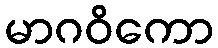
မာဂဝိကော